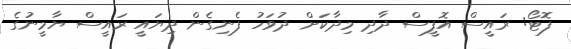
ފޮޓޯ: ރައީސް އޮފީސް ދާދި މިދާކަށް ދުވަހު ފެނިގެން ދިޔައީ ރައީސް ޔާމީނުގެ